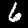
Label: 6